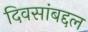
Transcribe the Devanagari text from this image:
दिवसांबद्दल